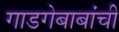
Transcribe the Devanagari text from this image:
गाडगेबाबांची